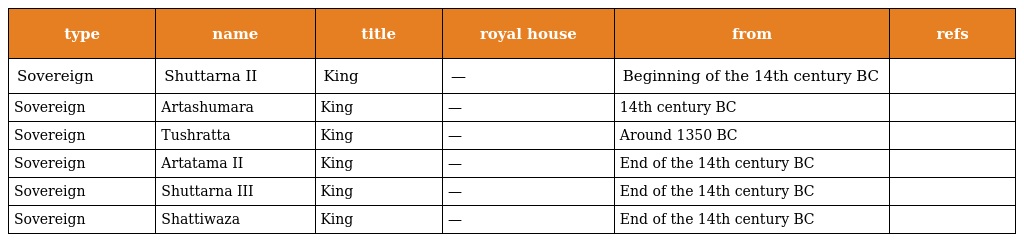
| type | name | title | royal house | from | refs |
 | --- | --- | --- | --- | --- | --- |
 | Sovereign | Shuttarna II | King | — | Beginning of the 14th century BC |  |
 | Sovereign | Artashumara | King | — | 14th century BC |  |
 | Sovereign | Tushratta | King | — | Around 1350 BC |  |
 | Sovereign | Artatama II | King | — | End of the 14th century BC |  |
 | Sovereign | Shuttarna III | King | — | End of the 14th century BC |  |
 | Sovereign | Shattiwaza | King | — | End of the 14th century BC |  |